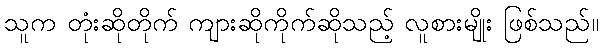
သူက တုံးဆိုတိုက် ကျားဆိုကိုက်ဆိုသည့် လူစားမျိုး ဖြစ်သည်။